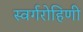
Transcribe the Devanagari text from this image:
स्वर्गरोहिणी